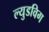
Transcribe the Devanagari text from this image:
ल्युडविग